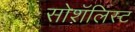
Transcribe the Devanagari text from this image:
सोशॅलिस्ट